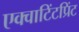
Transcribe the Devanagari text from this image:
एक्वाटिंटप्रिंट